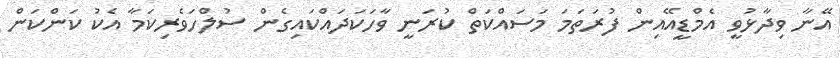
އޭނާ ވިދާޅުވީ އެމްޑީއޭއިން ފުރަތަމަ މަސައްކަތް ކުރަނީ ވާހަކަދައްކައިގެން ސުލްހަވެރިކަމާ އެކު ކަންކަން